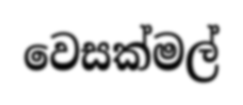
වෙසක්මල්